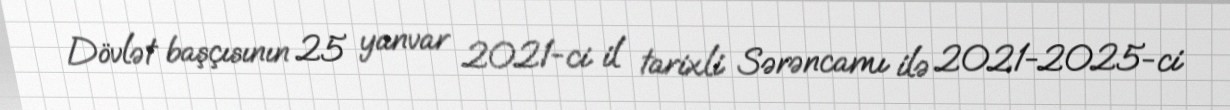
Dövlət başçısının 25 yanvar 2021-ci il tarixli Sərəncamı ilə 2021-2025-ci